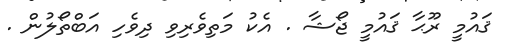
ޤައުމީ ރޫޙާ ޤައުމީ ޖޯޝާ . އެކު މަތިވެރިވި ދިވެހި އަބްތޯލުން .